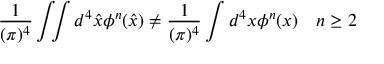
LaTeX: { \frac { 1 } { ( \pi ) ^ { 4 } } } \int \! \! \! \int d ^ { 4 } \widehat { x } \phi ^ { n } ( \widehat { x } ) \neq { \frac { 1 } { ( \pi ) ^ { 4 } } } \int d ^ { 4 } x \phi ^ { n } ( x ) \quad n \geq 2